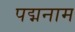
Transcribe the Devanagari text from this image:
पद्मनाम